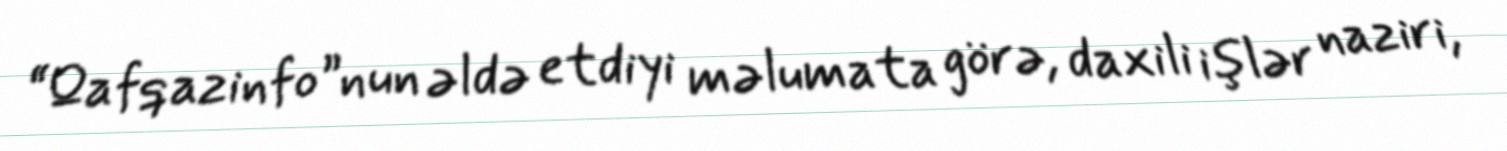
“Qafqazinfo”nun əldə etdiyi məlumata görə, daxili işlər naziri,